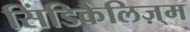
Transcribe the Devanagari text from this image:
सिंडिकैलिज़्म